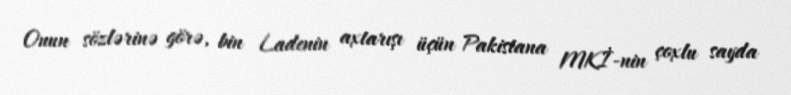
Onun sözlərinə görə, bin Ladenin axtarışı üçün Pakistana MKİ-nin çoxlu sayda